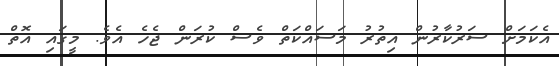
އެކަމަށް ސަރުކާރުން އިތުރު މަސައްކަތް ވެސް ކުރަން ޖެހެ އެވެ. މީގައި އޮތް